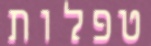
טפלות